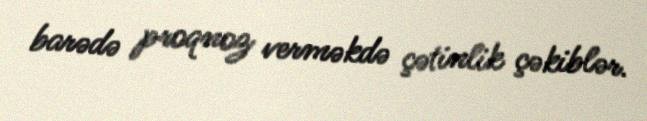
barədə proqnoz verməkdə çətinlik çəkiblər.